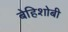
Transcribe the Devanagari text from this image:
बेहिशोबी